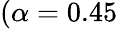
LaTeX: (\alpha=0.45